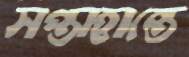
সপ্তাহান্তে